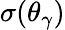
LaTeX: \sigma(\theta_{\gamma})